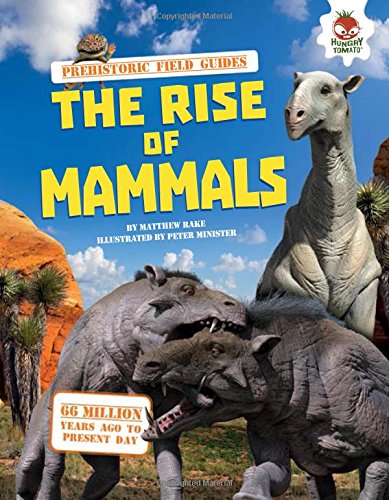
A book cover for The Rise of Mammals (Prehistoric Field Guides); Matthew Rake; Children's Books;